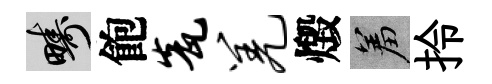
疇飽瓮羌燬羞拎